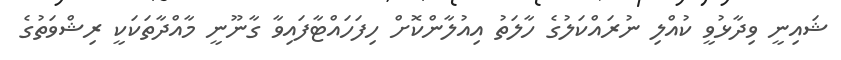
ޝައިނީ ވިދާޅުވީ ކުއްލި ނުރައްކަލުގެ ހާލަތު އިއުލާންކޮށް ހިފަހައްޓާފައިވާ ގާނޫނީ މާއްދާތަކަކީ ރިޝްވަތުގެ